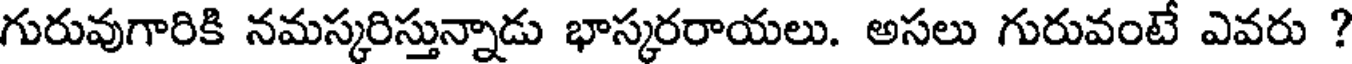
గురువుగారికి నమస్కరిస్తున్నాడు భాస్కరరాయలు. అసలు గురువంటే ఎవరు ?